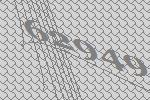
62949